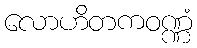
လောဟိတကဝဏ္ဏံ